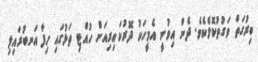
ބިރުގަތް ވަގުތުކޮޅެކެވެ. ދެން އިވުނީ އެމީހަކު ދޮރުކައިރިއަށް ހުއްޓި ތަޅުގައި ހިފާ އަނބުރައިލި